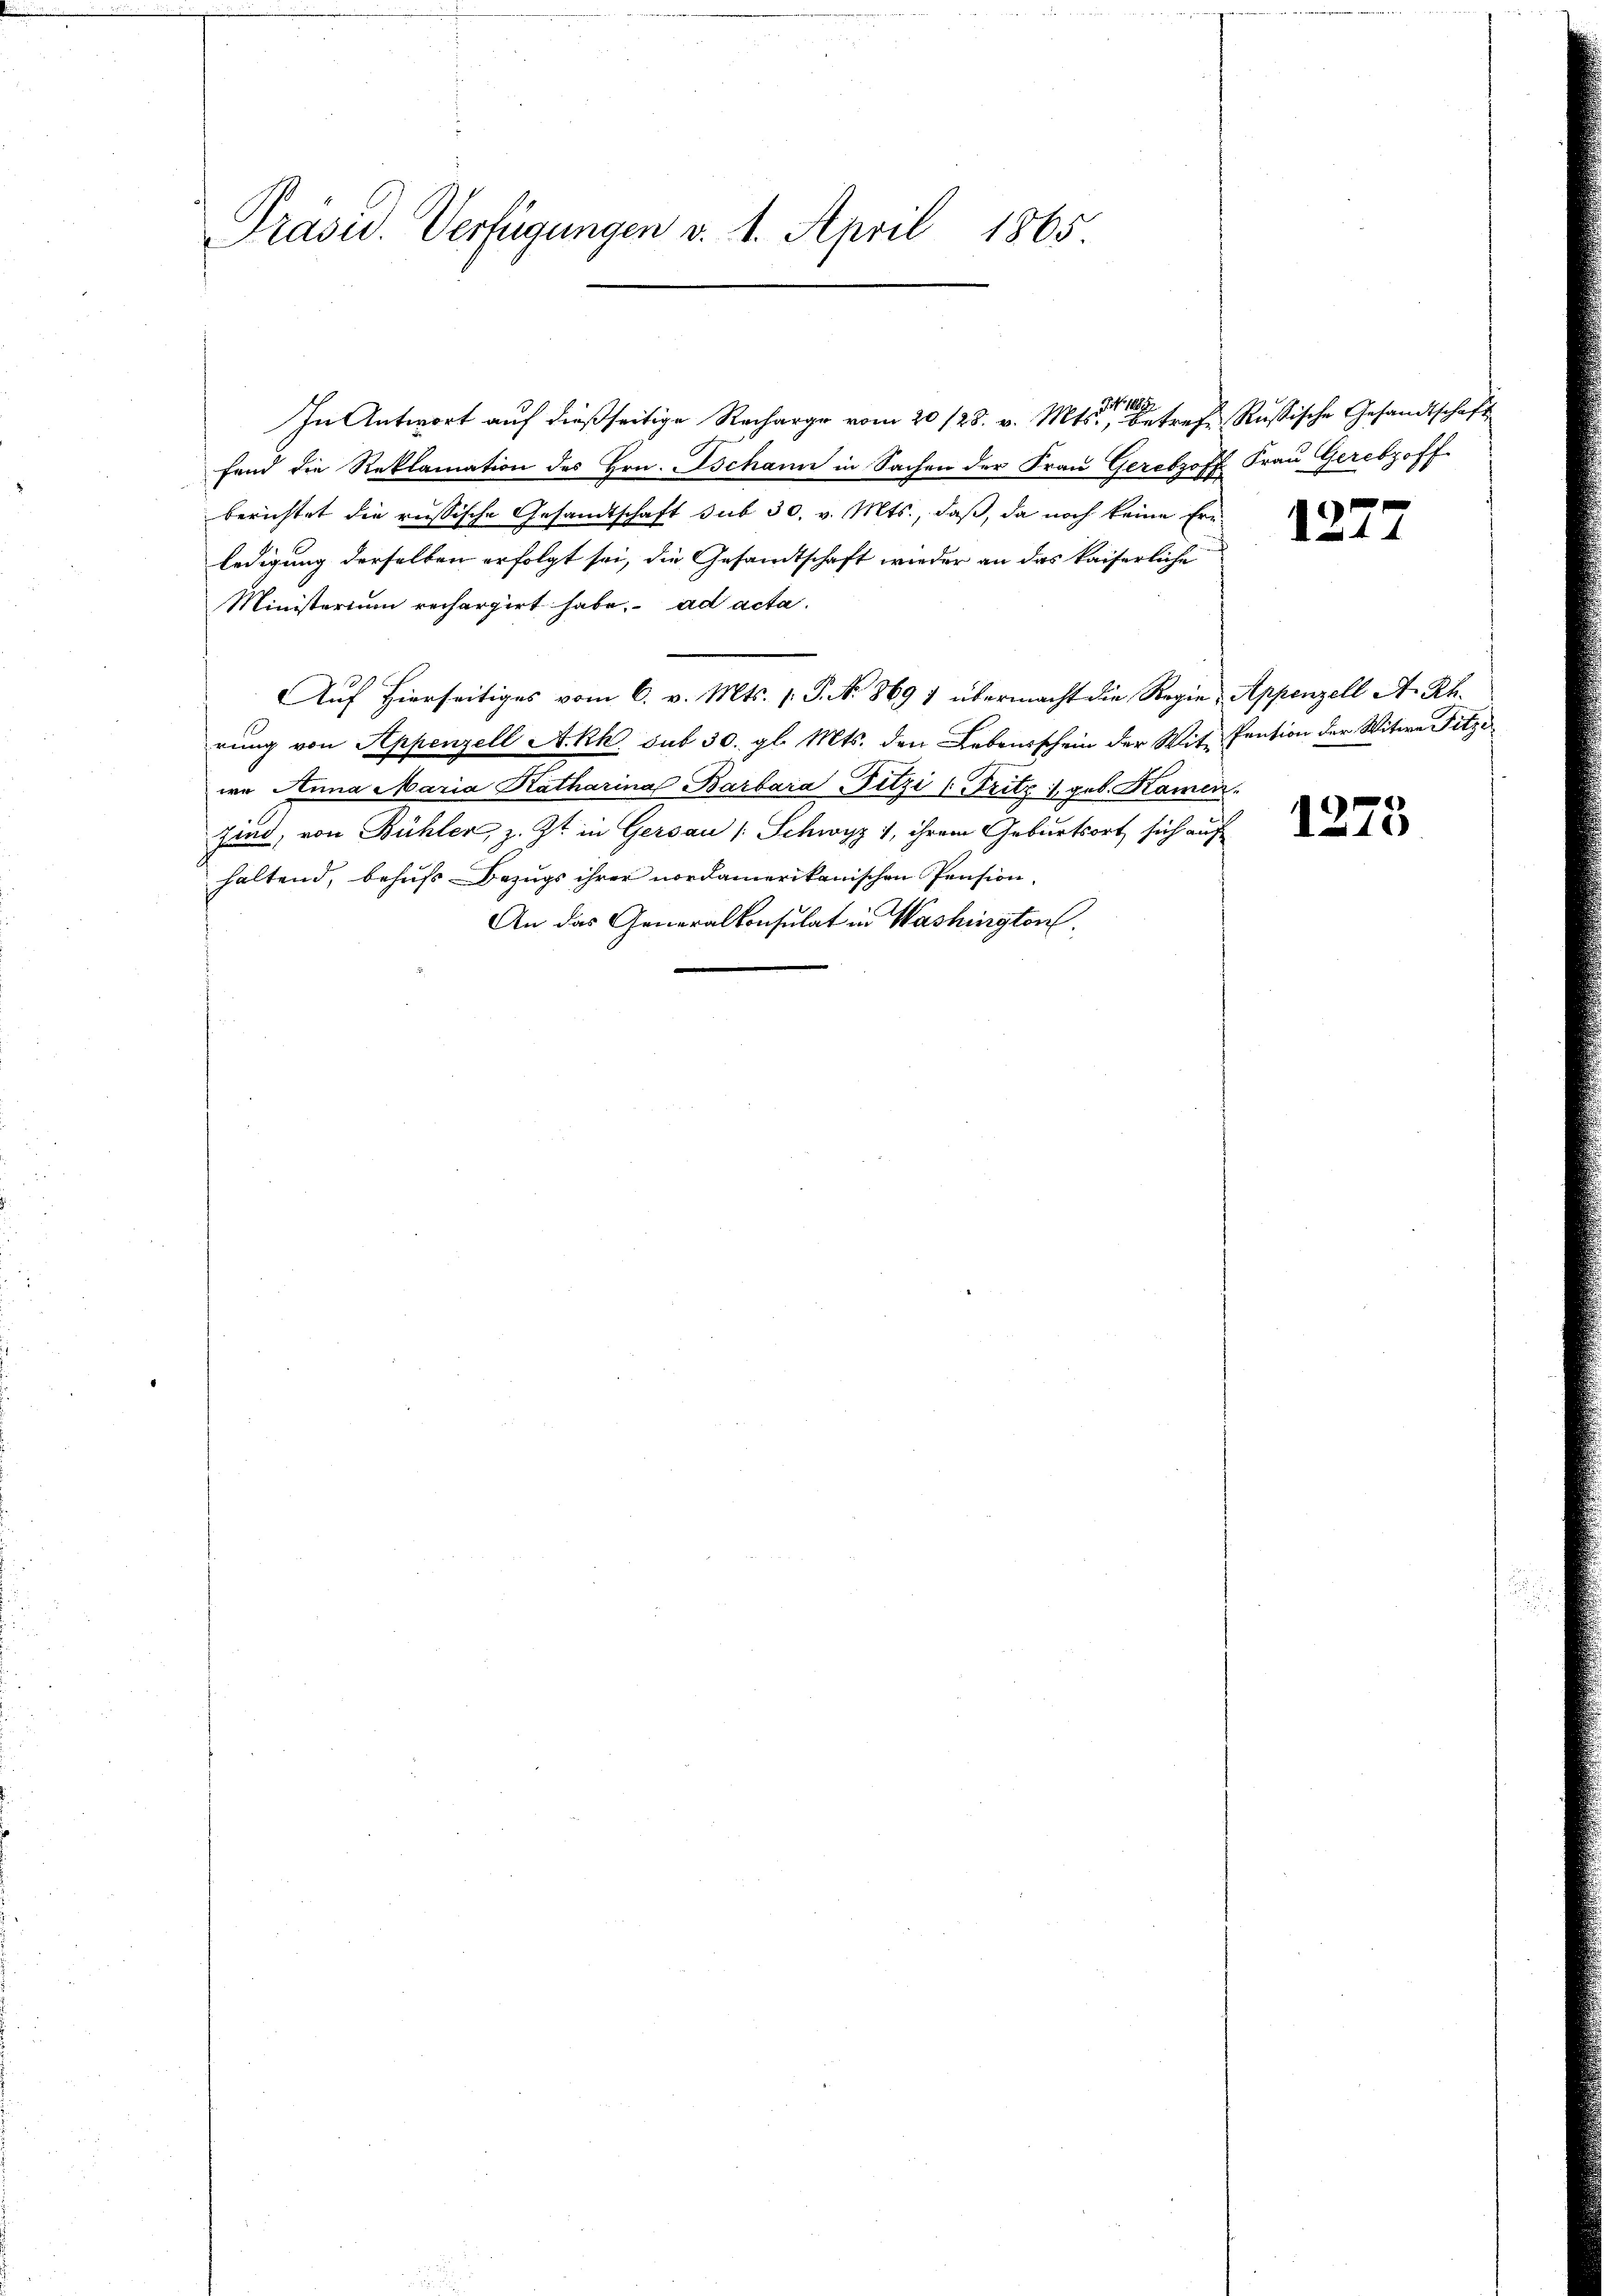
Präsid. Verfügungen v. 1. April 1865.

if. 189
In Antwort auf dießseitige Recharge vom 20 /28. v. Mts., betreff Russische Gesandtschaft
fend die Reklamation des Hrn. Oschann in Sachen der Frau Gerebzoff Frau Gerebzoff
berichtet die russische Gesandtschaft sub 30. v. Mts., daß, da noch keine Erledigung derselben erfolgt sei, die Gesandtschaft wieder an das kaiserliche
Ministerium rechargirt habe. ad acta.
Auf hierseitiges vom 6. v. Mts. (: P. Nr. 869 7 übermacht die Regie, Appenzell A. Rh.
rŭng von Appenzell Akk. sub 30. gl. Mts. den Lebensschein der Wit-Pension der Witwe Fitzi
wa Anna Maria Katharina Barbara Fitzi (Fritz 1 geb. Kamin¬
Zind, von Bühler, z. Zt. in Gersau / Schwyz 1, ihrem Geburtsort sich auf
haltend, behufs Bezugs ihrer nordamerikanischen Pension,
An das Generalkonsulat in Washington

1277

1275